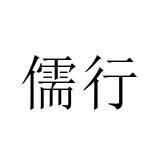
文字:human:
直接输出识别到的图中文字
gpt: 儒行